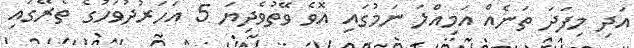
އަދި މިފަދަ ތަނެއް އަމިއްލަ ނަމުގައި އޮވެ ވޭތުވެދިޔަ 5 އަހަރުދުވަހުގެ ތެރޭގައި